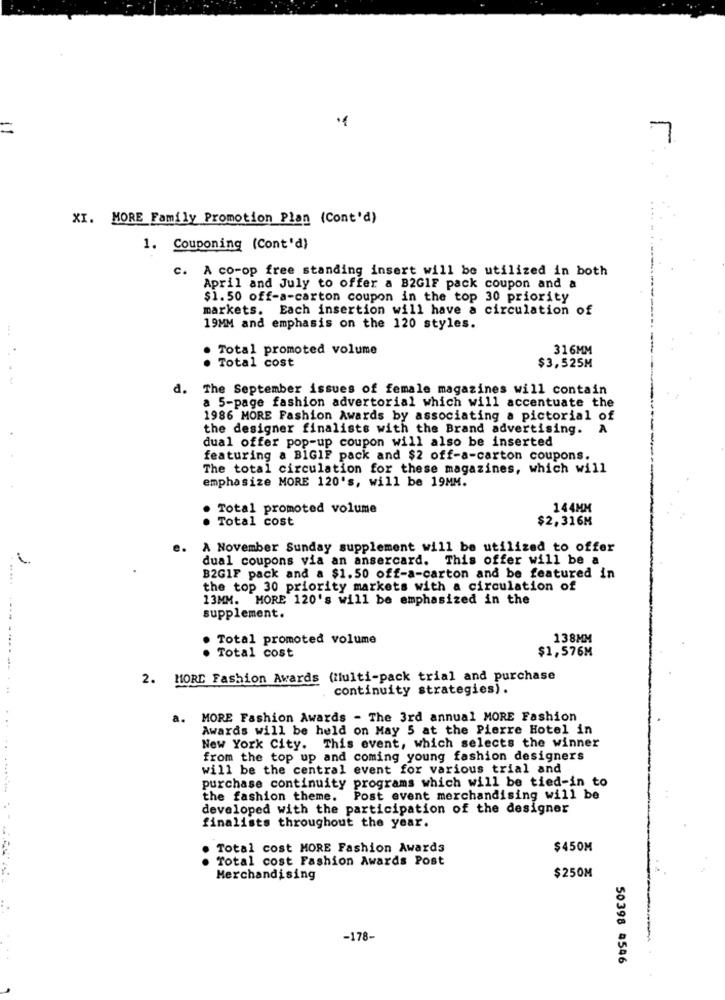
=
7
XI. MORE Family Promotion Plan (Cont'd)
1. Couponing (Cont'd)
c. A co-op free standing insert will be utilized in both
April and July to offer a B2GIF pack coupon and a
$1.50 off-a-carton coupon in the top 30 priority
markets. Each insertion will have a circulation of
19MM and emphasis on the 120 styles.
. Total promoted volume
316MM
· Total cost
$3,525M
The September issues of female magazines will contain
a 5-page fashion advertorial which will accentuate the
1986 MORE Fashion Awards by associating a pictorial of
the designer finalists with the Brand advertising.
A
dual offer pop-up coupon will also be inserted
featuring a BIGIF pack and $2 off-a-carton coupons.
The total circulation for these magazines, which will
emphasize MORE 120's, will be 19MM.
Total promoted volume
144MM
Total cost
$2,316M
A November Sunday supplement will be utilized to offer
dual coupons via an ansercard. This offer will be a
B2GIF pack and a $1.50 off-a-carton and be featured in
the top 30 priority markets with a circulation of
13MM. MORE 120's will be emphasized in the
supplement.
. Total promoted volume
138MM
$1,576M
· Total cost
2. MORE Fashion Awards (Multi-pack trial and purchase
. ..... .--- ------...
continuity strategies).
a.
MORE Fashion Awards - The 3rd annual MORE Fashion
Awards will be held on May 5 at the Pierre Hotel in
New York City. This event, which selects the winner
from the top up and coming young fashion designers
will be the central event for various trial and
purchase continuity programs which will be tied-in to
.... ...........
the fashion theme.
Post event merchandising will be
developed with the participation of the designer
finalists throughout the year.
Total cost MORE Fashion Awards
$450M
. Total cost Fashion Awards Post
$250M
Merchandising
-178-
50398 4546